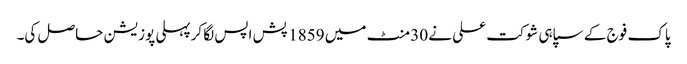
پاک فوج کے سپاہی شوکت علی نے 30 منٹ میں 1859 پش اپس لگا کرپہلی پوزیشن حاصل کی۔